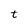
Character: t